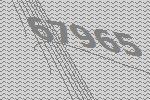
67965